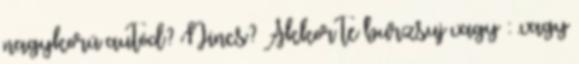
nagykorú autód? Nincs? Akkor te burzsuj vagy : .vagy